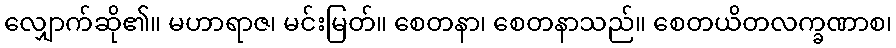
လျှောက်ဆို၏။ မဟာရာဇ၊ မင်းမြတ်။ စေတနာ၊ စေတနာသည်။ စေတယိတလက္ခဏာစ၊